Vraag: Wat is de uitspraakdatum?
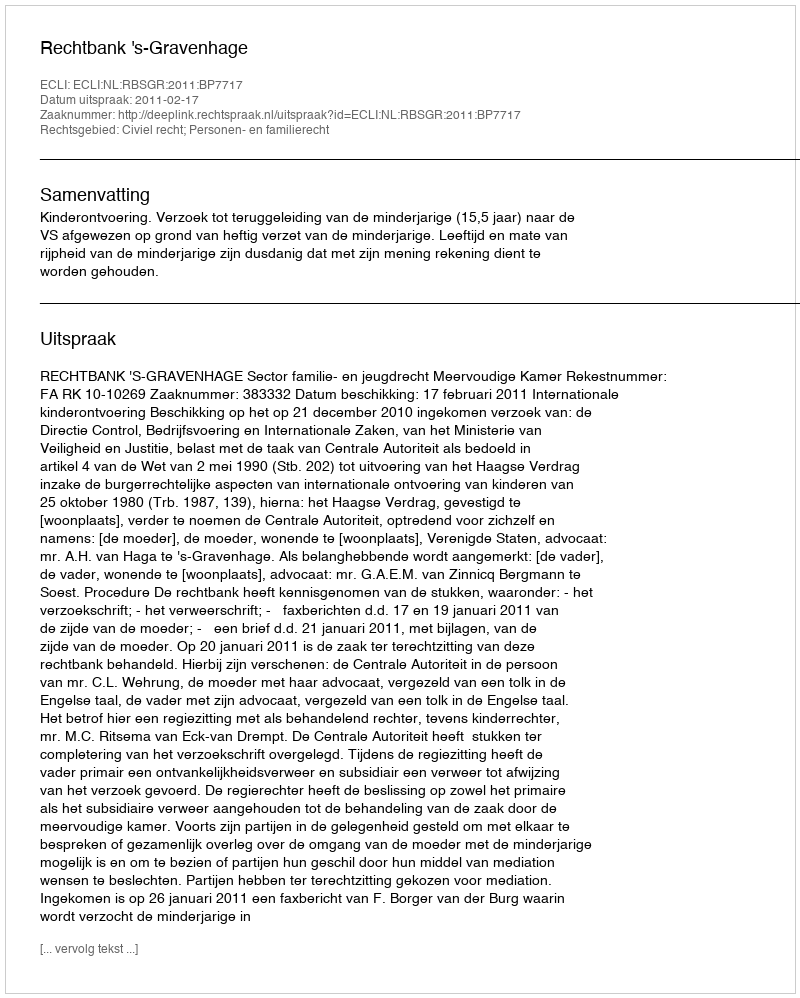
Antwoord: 2011-02-17